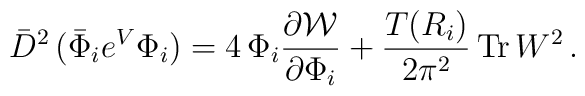
\bar{D}^2\, (\bar{\Phi}_i e^{V} {\Phi}_i) = 4 \,{\Phi}_i \frac{\partial{\cal W }}{\partial {\Phi}_i} +\frac{T(R_i)}{2\pi^2}\,{\rm Tr}\, W^2\, .